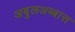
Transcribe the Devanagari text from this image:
अबुलअब्बास